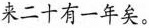
来二十有一年矣。